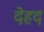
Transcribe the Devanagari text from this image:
देहद